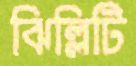
ঝিল্লিটি